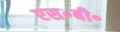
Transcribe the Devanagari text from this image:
एस॰बी॰